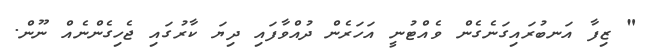
" ޒިފާ އަނބުރައިގަނެގެން ވެއްޓުނީ އަހަރެން ދުއްވާފައި ދިޔަ ކާރުގައި ޖެހިގެންނެއް ނޫން.